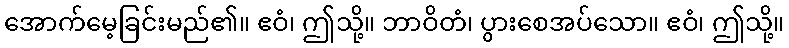
အောက်မေ့ခြင်းမည်၏။ ဧဝံ၊ ဤသို့။ ဘာဝိတံ၊ ပွားစေအပ်သော။ ဧဝံ၊ ဤသို့။